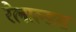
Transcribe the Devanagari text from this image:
रेलाल्डस